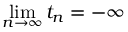
\operatorname* { l i m } _ { n \to \infty } t _ { n } = - \infty